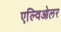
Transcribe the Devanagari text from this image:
एल्विओलर